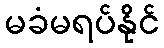
မခံမရပ်နိုင်